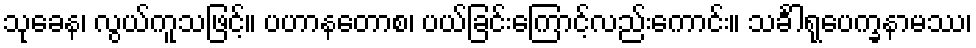
သုခေန၊ လွယ်ကူသဖြင့်။ ပဟာနတောစ၊ ပယ်ခြင်းကြောင့်လည်းကောင်း။ သင်္ခါရုပေက္ခနာမဿ၊